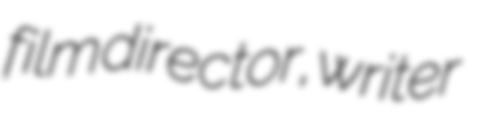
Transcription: film director, writer